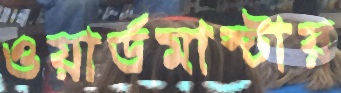
ওয়ার্ডমাস্টার